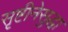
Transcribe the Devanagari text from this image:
सृष्टीनेसुद्धा